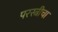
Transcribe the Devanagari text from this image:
परस्त्रीचा